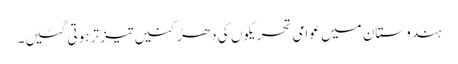
ہندوستان میں عوامی تحریکوں کی دھڑکنیں تیز تر ہوتی گئیں۔